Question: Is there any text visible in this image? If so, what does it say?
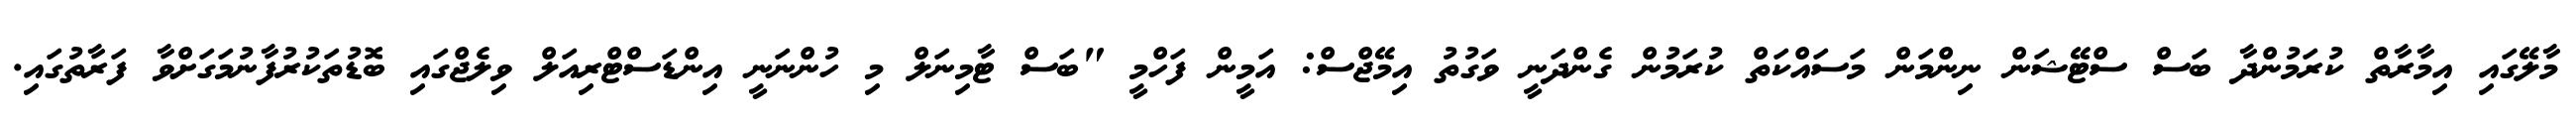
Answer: މާލޭގައި އިމާރާތް ކުރަމުންދާ ބަސް ސްޓޭޝަން ނިންމަން މަސައްކަތް ކުރަމުން ގެންދަނީ ވަގުތު އިމޭޖްސް: އަމީން ފަހްމީ "ބަސް ޓާމިނަލް މި ހުންނަނީ އިންޑަސްޓްރިއަލް ވިލެޖްގައި ބޮޑުތަކުރުފާނުމަގަށްވާ ފަރާތުގައި.